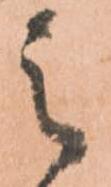
之